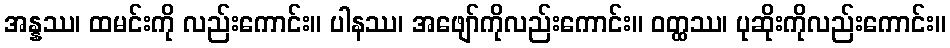
အန္နဿ၊ ထမင်းကို လည်းကောင်း။ ပါနဿ၊ အဖျော်ကိုလည်းကောင်း။ ဝတ္ထဿ၊ ပုဆိုးကိုလည်းကောင်း။